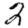
Digit: 2